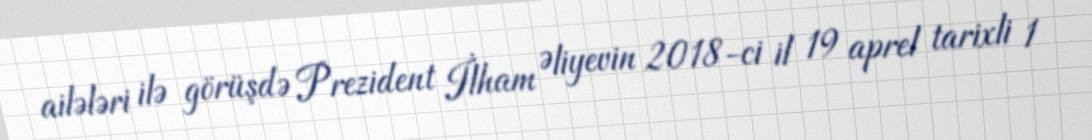
ailələri ilə görüşdə Prezident İlham Əliyevin 2018-ci il 19 aprel tarixli 1